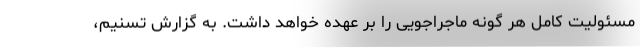
مسئولیت کامل هر گونه ماجراجویی را بر عهده خواهد داشت. به گزارش تسنیم،